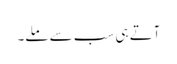
آتے ہی سب سے ملے۔